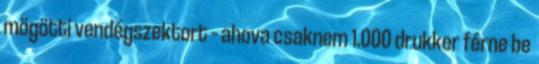
mögötti vendégszektort – ahova csaknem 1.000 drukker férne be